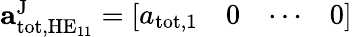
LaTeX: \begin{array}{r}{\mathbf{a}_{\mathrm{tot},\mathrm{HE}_{11}}^{\mathrm{J}}=\left[\begin{array}{llll}{a_{\mathrm{tot,1}}}&{0}&{\cdots}&{0}\end{array}\right]}\end{array}